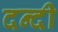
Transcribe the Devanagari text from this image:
दन्दी